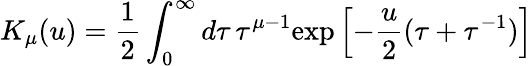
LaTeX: K_{\mu}(u)=\frac 12\int_{0}^{\infty}d\tau\, \tau^{\mu-1}\mathrm{exp}\left[-\frac u2(\tau+\tau^{-1})\right]